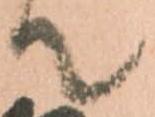
て